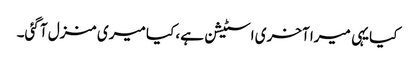
کیا یہی میرا آخری اسٹیشن ہے، کیا میری منزل آ گئی۔